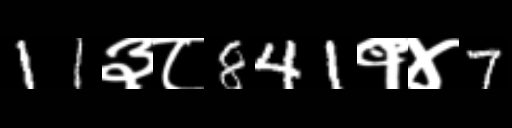
Text: 11३८841१४7